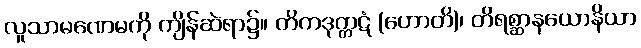
လူသာမဏေမကို ကျိန်ဆဲရာ၌။ တိကဒုက္ကဋံ (ဟောတိ)၊ တိရစ္ဆာနယောနိယာ